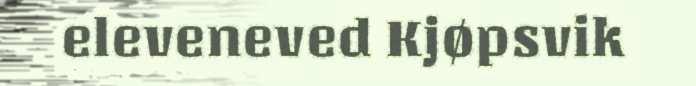
eleveneved Kjøpsvik